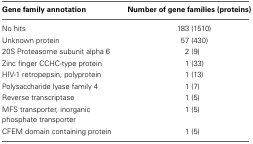
| Gene family annotation | Number of gene families (proteins) |
 | --- | --- |
 | No hits | 183 (1510) |
 | Unknown protein | 57 (430) |
 | 20S Proteasome subunit alpha 6 | 2 (9) |
 | Zinc finger CCHC-type protein | 1 (33) |
 | HIV-1 retropepsin, polyprotein | 1 (13) |
 | Polysaccharide lyase family 4 | 1 (7) |
 | Reverse transcriptase | 1 (5) |
 | MFS transporter, inorganic phosphate transporter | 1 (5) |
 | CFEM domain containing protein | 1 (5) |